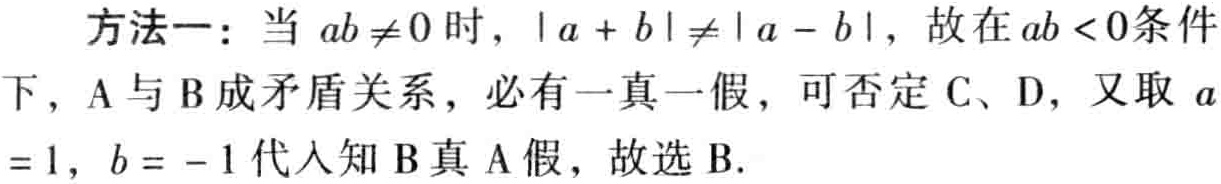
方法一：当 \(ab\neq0\) 时，\(\vert a + b\vert\neq\vert a - b\vert\)，故在 \(ab<0\)条件下，A与B成矛盾关系，必有一真一假，可否定C、D，又取 \(a = 1\)，\(b = - 1\) 代入知B真A假，故选B.